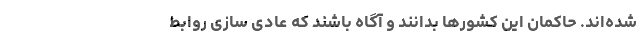
شده‌اند. حاکمان این کشورها بدانند و آگاه باشند که عادی‌ سازی روابط